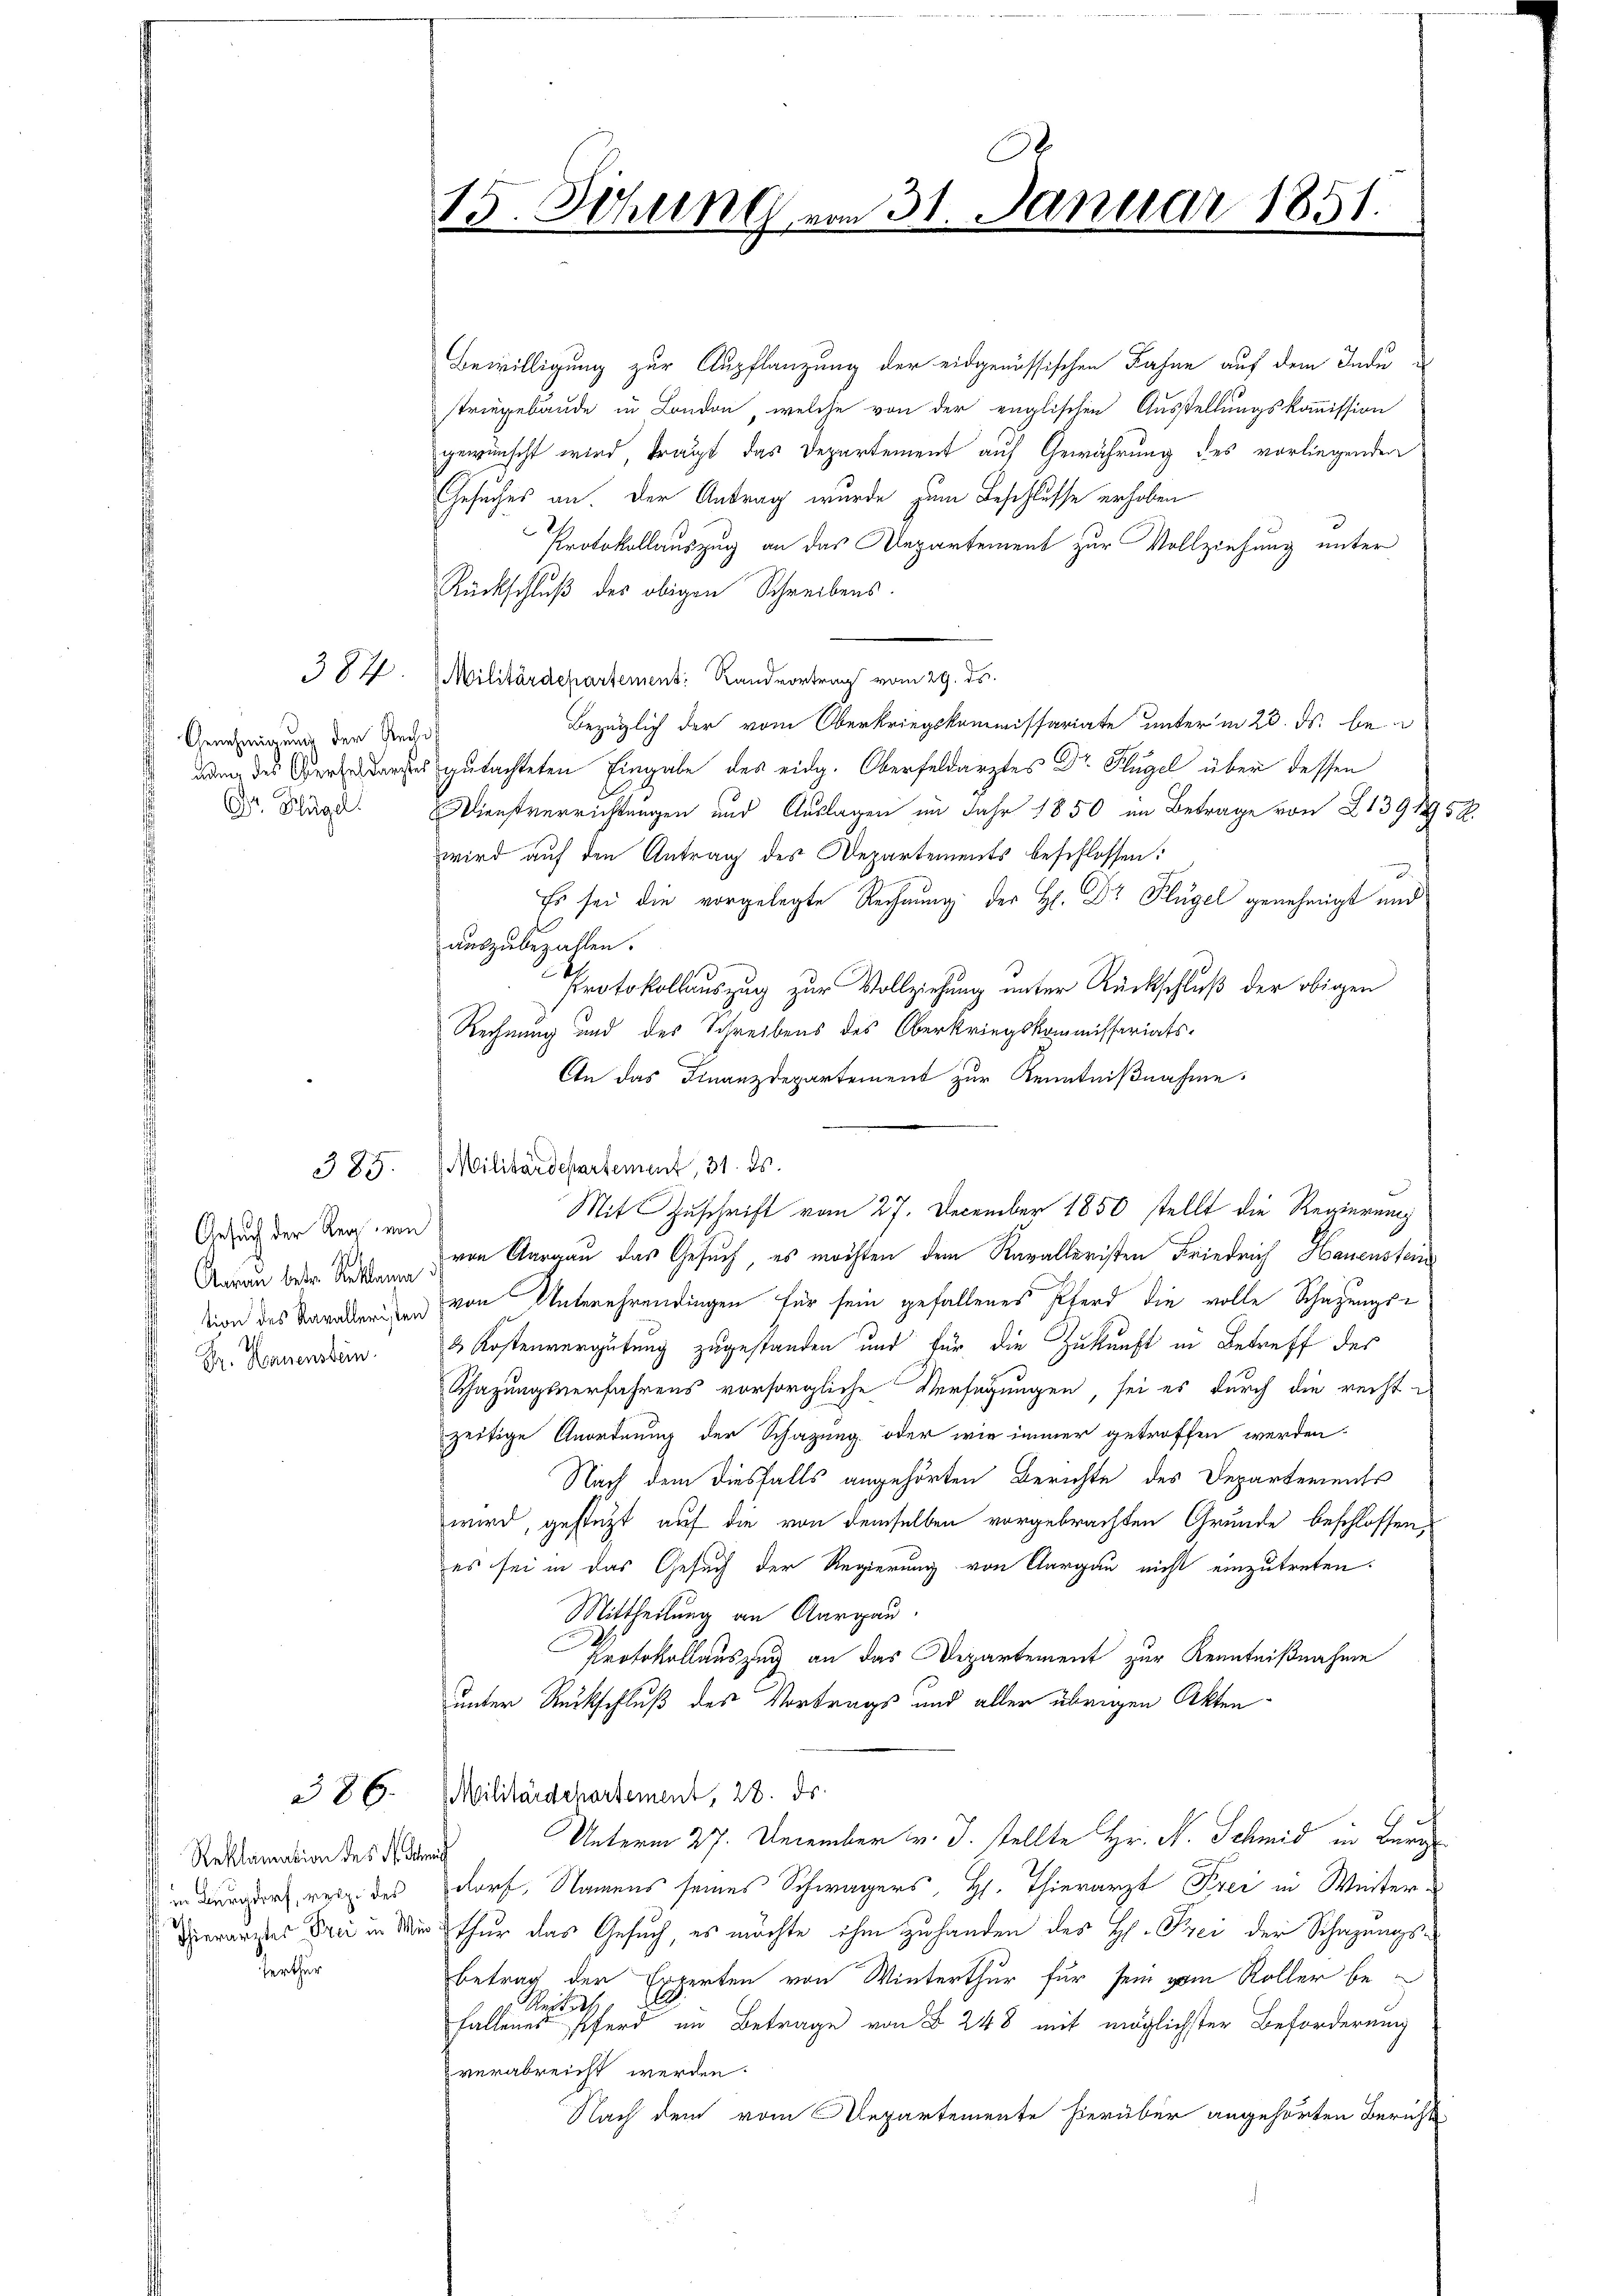
Genehmigung der Reche

Gesuch der Reg. von
Aarau bester Seckam:
Dr. Hauenstein.

387.

385.

386.

Reklamation des H. Schmit
in Burgdorf, resp. des
erthur

.
15. Sitzung vom 31. Januar 1851.

Bewilligung zur Aupflanzung der eidgenössischen Fahne auf dem Inde d
tringebäude in London, welche von der englischen Ausstellungskommission
gewünscht wird trägt das Departement auf Gewährung des vorliegenden
Gesuches an. Der Antrag wurde zum Beschlusse erhoben
Protokollauszug an das Departement zur Vollziehung unter
Rückschluß des obigen Schreibens.
Militärdepartement: Randvortrag vom 29. ds.
Bezüglich der vom Oberkriegskommissariate unter in 23. ds. be-
 des Begutachteten Eingabe des eidg. Oberfeldarztes Dr. Hügel über dessen
Dr. Klage. Dienstverrichtungen und Auslagen im Jahr 1850 im Betrage von Z 1391252.
wird auf den Antrag des Departements beschlossen:
Es sei die vorgelegte Rechnung der H. Dr Flügel genehmigt und
auszubezahlen.
Protokollauszug zur Vollziehung unter Rückschluß der obigen
Rechnung und des Schreibens des Oberkriegskommissariats¬
An das Finanzdepartement zur Kenntnißnahme.
von Aargau das Gesuch, es möchten dem Kavalleristen Friedrich Hauenstein
tion des Kanalenden von Unterehrendingen für sein gefallenes Pferd die volle Schatzungs¬
& Kostenvergütung zugestanden und für die Zukunft in Betreff des
Schazungsverfahrens vorsorgliche Versagungen, sei es durch die recht-
zeitige Anordnung der Schazung oder wie immer getroffen werden.
Nach dem diesfalls angehörten Berichte des Departements
wird, gestützt auf die von demselben vorgebrachten Grunde beschlossen,
es sei in das Gesuch der Regierung von Aargau nicht einzutreten.
Mittheilung an Aargau.
Protokollauszug an das Departement zur Kenntnißnahme
unter Rückschluß des Vortrags und aller übrigen Akten
Militärdepartement, 28. ds.
Unterm 27. December v. J. stellte Hr. R. Schmid in Beri
dorf, Namens seines Schwagers, H. Thierarzt Frei in Winter¬
 Verarztes Drei in der thur das Gesuch, es möchte ihm zu handen des H. Frei der Schazungsbetrag der Experten von Winterthur für sein vom Roller beeikas
fallenes Pferd im Betrage von § 248 mit möglichster Beförderung
verabreicht werden.
Nach dem vom Repartemente hierüber angehörten Bericht

Militärdepartement, 31. ds.

Mit Zuschrift vom 27. December 1850 stellt die Regierung